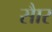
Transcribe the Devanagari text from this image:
साैर